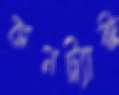
কনট্র্যাক্ট